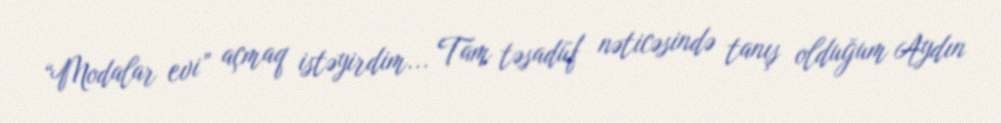
“Modalar evi” açmaq istəyirdim... Tam təsadüf nəticəsində tanış olduğum Aydın